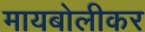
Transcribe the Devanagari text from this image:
मायबोलीकर